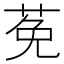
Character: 莬